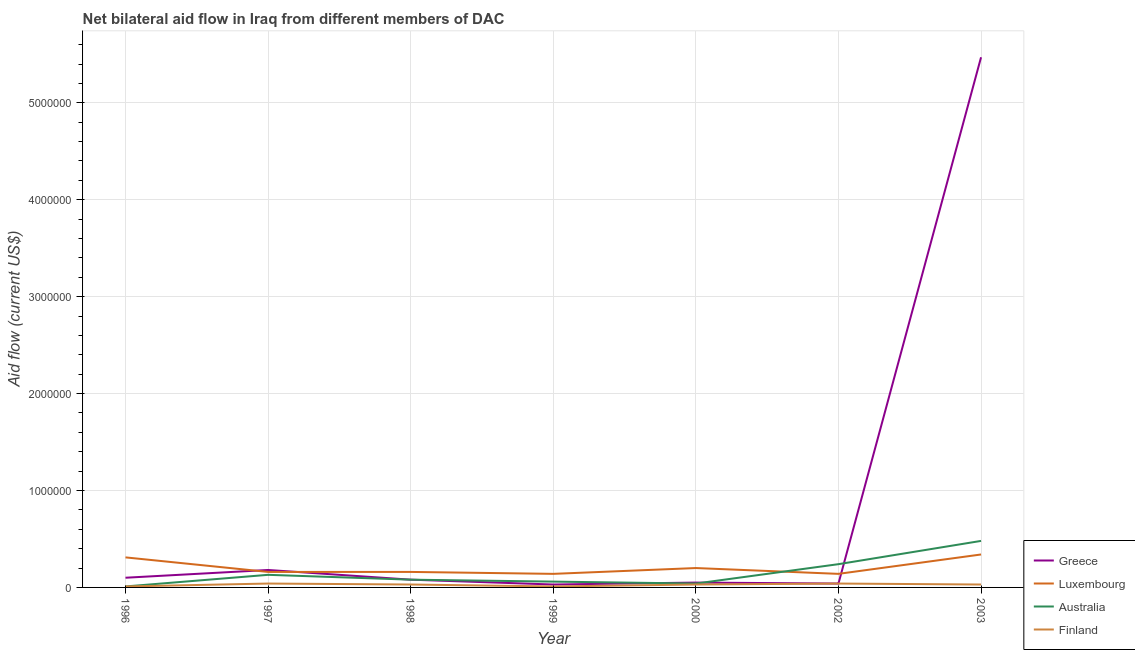
| Year | Greece | Luxembourg | Australia | Finland |
 | --- | --- | --- | --- | --- |
 | 1996 | 1e+05 | 3.1e+05 | 1e+04 | 1e+04 |
 | 1997 | 1.8e+05 | 1.6e+05 | 1.3e+05 | 4e+04 |
 | 1998 | 8e+04 | 1.6e+05 | 8e+04 | 3e+04 |
 | 1999 | 3e+04 | 1.4e+05 | 6e+04 | 1e+04 |
 | 2000 | 5e+04 | 2e+05 | 4e+04 | 3e+04 |
 | 2002 | 4e+04 | 1.4e+05 | 2.4e+05 | 4e+04 |
 | 2003 | 5.47e+06 | 3.4e+05 | 4.8e+05 | 3e+04 |